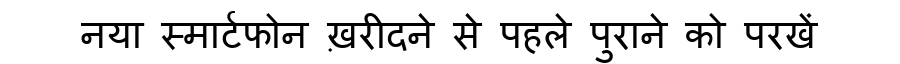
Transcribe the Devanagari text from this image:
नया स्मार्टफोन ख़रीदने से पहले पुराने को परखें